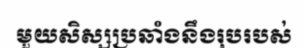
មួយសិស្សប្រឆាំងនឹងរុបរបស់